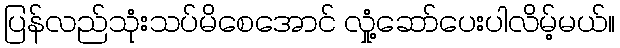
ပြန်လည်သုံးသပ်မိစေအောင် လှုံ့ဆော်ပေးပါလိမ့်မယ်။